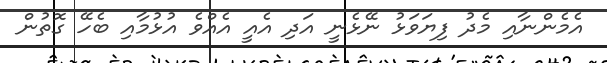
އެމެންނާއި މެދު ފިޔަވަޅު ނޭޅެނީ އަދި އެއީ އެއްވެ އުޅުމާއި ބެހޭ ގޮތުން